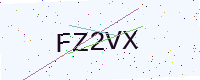
Text: FZ2VX